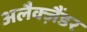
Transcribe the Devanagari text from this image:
अलैक्‍ज़ैंडर